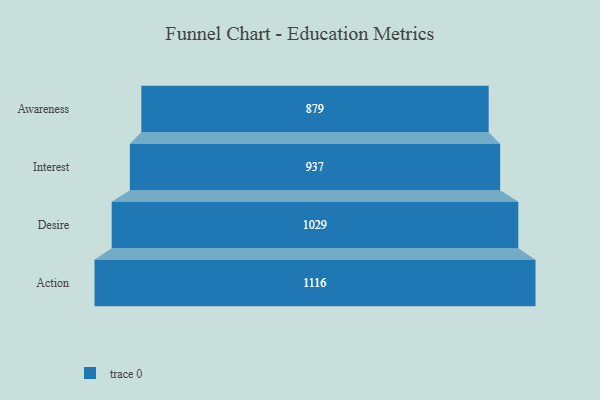
{"axis": {"x": "Stage", "y": "Value"}, "legend": [""], "data": [{"x": "Awareness", "y": 879.0, "type": ""}, {"x": "Interest", "y": 937.0, "type": ""}, {"x": "Desire", "y": 1029.0, "type": ""}, {"x": "Action", "y": 1116.0, "type": ""}]}